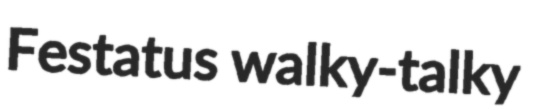
Festatus walky-talky